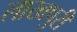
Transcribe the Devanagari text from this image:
लाखपुरी